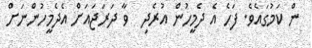
ން ކަމުގައެވެ. ފަހެ އެ ދެމީހުން އުރެދި  ވާ ދަރަޖައަށް އެދެމީހުންނަށް